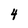
Character: 4